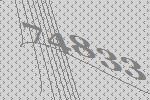
74833